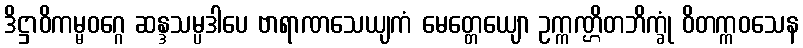
ဒိဋ္ဌာဝိကမ္မဝဂ္ဂေ ဆန္ဒသမ္ပဒါပေ ဗာရာဏသေယျကံ မေတ္တေယျော ဥက္ကဏ္ဌိတဘိက္ခုံ ဝိတက္ကဝသေန